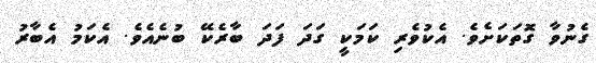
ގެނުވާ ގޮތަކަށެވެ. އެކުވެރި ކަމަކީ ގަދަ ފަދަ ބާރެކޭ ބުނެއެވެ. އެކަމު އެބާރު